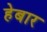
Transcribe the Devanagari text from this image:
हेबार